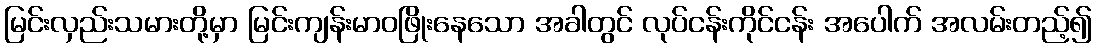
မြင်းလှည်းသမားတို့မှာ မြင်းကျန်းမာဝဖြိုးနေသော အခါတွင် လုပ်ငန်းကိုင်ငန်း အပေါက် အလမ်းတည့်၍